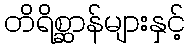
တိရိစ္ဆာန်များနှင့်